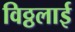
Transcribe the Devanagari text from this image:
विठ्ठलाई